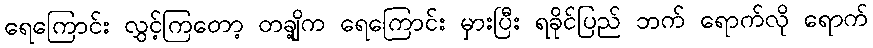
ရေကြောင်း လွှင့်ကြတော့ တချို့က ရေကြောင်း မှားပြီး ရခိုင်ပြည် ဘက် ရောက်လို ရောက်